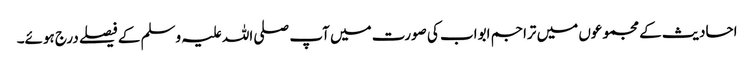
احادیث کے مجموعوں میں تراجم ابواب کی صورت میں آپ صلی اللہ علیہ وسلم کے فیصلے درج ہوئے۔